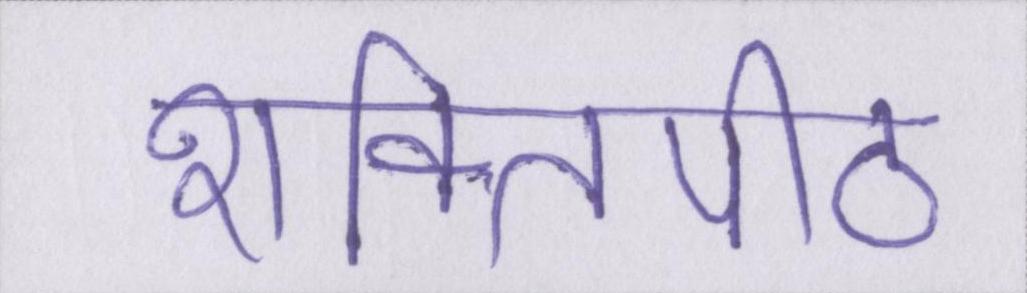
शक्तिपीठ